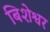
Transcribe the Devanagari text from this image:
बिशेश्वर